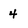
Character: 4